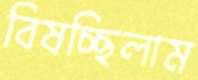
বিষচ্ছিলাম